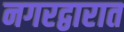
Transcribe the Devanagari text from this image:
नगरद्वारात